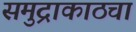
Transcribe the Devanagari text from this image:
समुद्राकाठचा